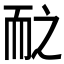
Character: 𱍽